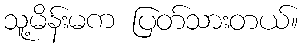
သူ့မိန်းမက ပြတ်သားတယ်။